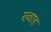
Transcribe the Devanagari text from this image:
ख्वाह